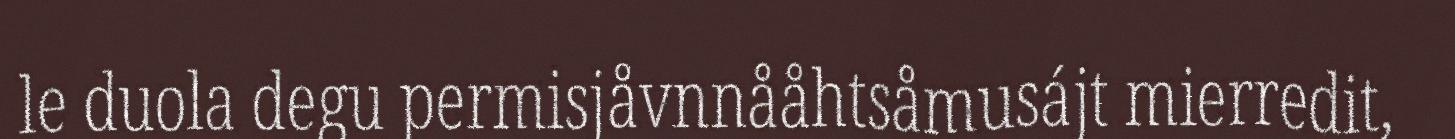
le duola degu permisjåvnnååhtsåmusájt mierredit,